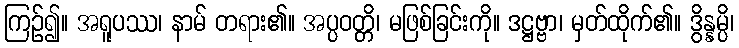
ကြဉ်၍။ အရူပဿ၊ နာမ် တရား၏။ အပ္ပဝတ္တိ၊ မဖြစ်ခြင်းကို။ ဒဋ္ဌဗ္ဗာ၊ မှတ်ထိုက်၏။ ဒွိန္နမ္ပိ၊